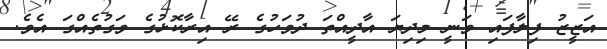
އަޒީޒު ފިލާފައި ވަނީ މިދިޔަ އާދީއްތަ ދުވަހުގެ ރޭ އިރާކޮޅުގެ ވަގުތެއްގަ އެވެ.